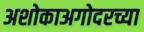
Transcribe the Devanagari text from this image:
अशोकाअगोदरच्या